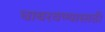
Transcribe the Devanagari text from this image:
घाबरवण्यासाठी